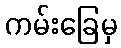
ကမ်းခြေမှ